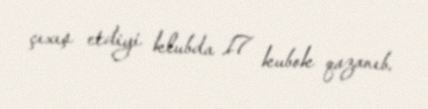
çıxış etdiyi klubda 17 kubok qazanıb.